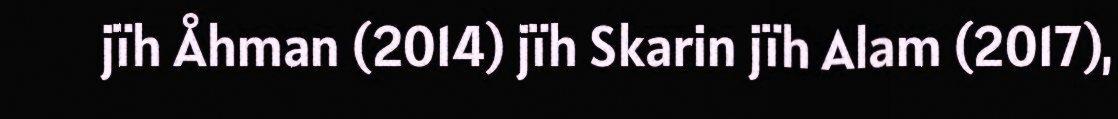
jïh Åhman (2014) jïh Skarin jïh Alam (2017),